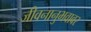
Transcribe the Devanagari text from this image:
जीवनानुभवावर